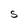
Character: S